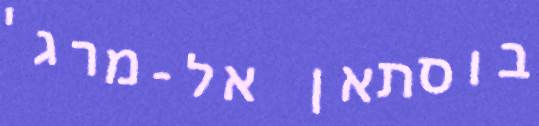
בוסתאן אל-מרג'